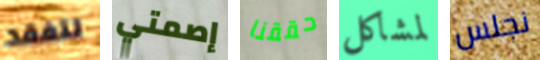
لتفقد إصمتي حققنا لمشاكل نجلس